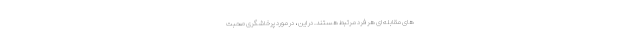
های مقابله ای هر فرد مرتبط هستند. در این ، در مورد پرخاشگری صحبت